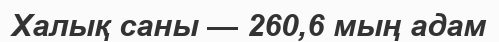
Халық саны — 260,6 мың адам